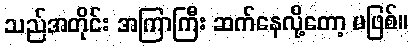
သည်အတိုင်း အကြာကြီး ဆက်နေလို့တော့ မဖြစ်။